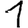
Digit: 1